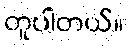
တူပါတယ်။